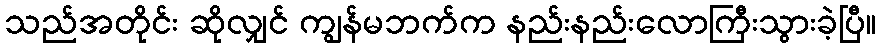
သည်အတိုင်း ဆိုလျှင် ကျွန်မဘက်က နည်းနည်းလောကြီးသွားခဲ့ပြီ။